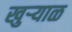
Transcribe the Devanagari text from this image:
खुऱ्‍याळ